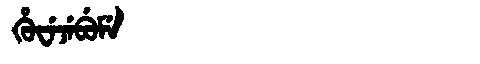
Manchu: ᡥᡠᠸᡝᠵᡝᠪᡠᠮᡝ
Romanization: HUWEJEBUME